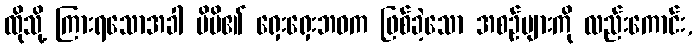
ထိုသို့ ကြားရသောအခါ မိမိ၏ ရှေးရှေးဘဝက ဖြစ်ခဲ့သော အစဉ်များကို လည်းကောင်း,